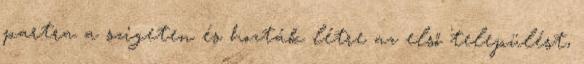
partra a szigeten és hozták létre az első települést,